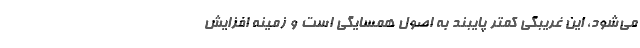
می‌شود، این غریبگی کمتر پایبند به اصول همسایگی است و زمینه افزایش